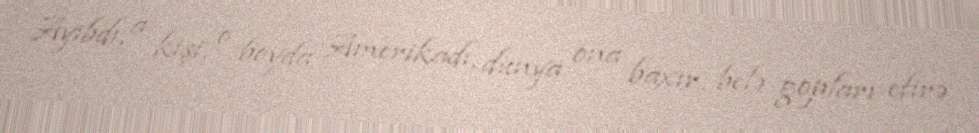
Ayıbdı, a kişi, o boyda Amerikadı, dünya ona baxır, belə gopları efirə